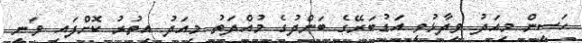
ހަސީން މިއަދު ވިދާޅުވީ އަޑުބަރޭގެ ބަންދުގެ މުއްދަތު މިއަދު އިތުރު ކޮށްފައި ވަނީ